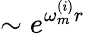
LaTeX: \sim e^{\omega_{m}^{(i)}r}